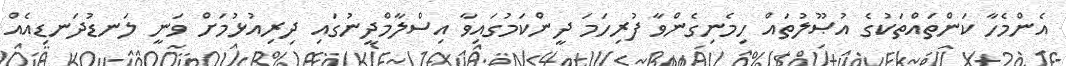
އެންމެހާ ކަންތައްތަކުގެ އުޞޫލުތައް ހިމެނިގެންވާ ފުރިހަމަ ދީންކަމުގައިވާ އިސްލާމްދީނުގައި ދިރިއުޅުމަށް ވަނީ ލަނޑުދަނޑިއެއް